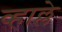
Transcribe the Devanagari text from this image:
व्हाल्ले